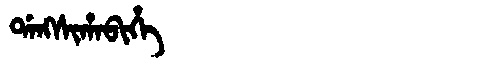
Manchu: ᡩᠠᠩᠰᡳᡥᠠᠪᡳᡥᡝ
Romanization: DANGSIHABIHE